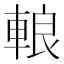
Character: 䡙